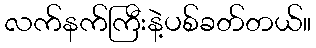
လက်နက်ကြီးနဲ့ပစ်ခတ်တယ်။